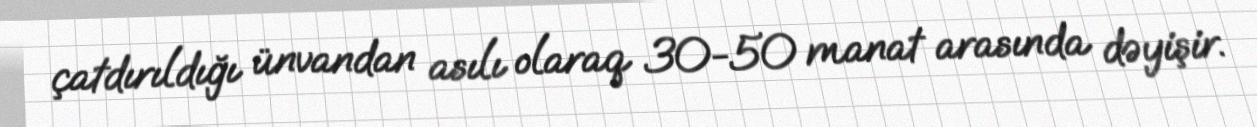
çatdırıldığı ünvandan asılı olaraq 30-50 manat arasında dəyişir.